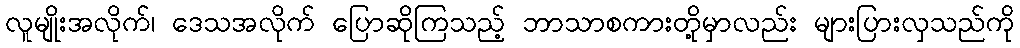
လူမျိုးအလိုက်၊ ဒေသအလိုက် ပြောဆိုကြသည့် ဘာသာစကားတို့မှာလည်း များပြားလှသည်ကို